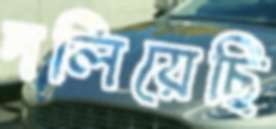
দলিয়েছি